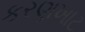
કરણખાટ